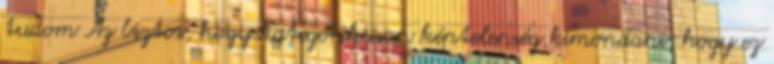
tudom Az biztos, hogy kategorikusan képtelenség kimondani, hogy ez